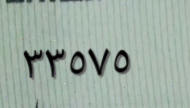
٣٣٥٧٥